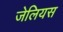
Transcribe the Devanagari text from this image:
जेलियस